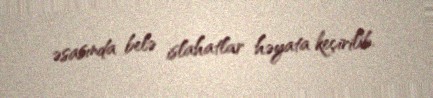
əsasında belə islahatlar həyata keçirilib.